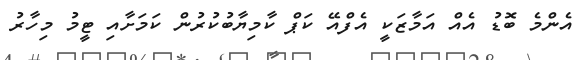
އެންމެ ބޮޑު އެއް އަމާޒަކީ އެފްއޭ ކަޕް ކާމިޔާބުކުރުން ކަމަށާއި ޓީމު މިހާރު